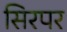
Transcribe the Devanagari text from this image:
सिरपर